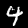
Digit: 4